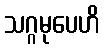
သဂ္ဂမုပေဟိ